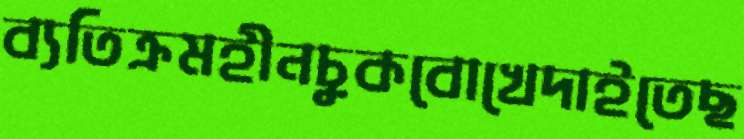
ব্যতিক্রমহীনচুকবোখেদাইতেছ